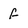
Character: f